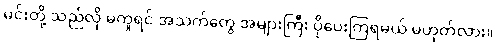
မင်းတို့ သည်လို မကူရင် အသက်တွေ အများကြီး ပိုပေးကြရမယ် မဟုတ်လား။